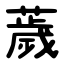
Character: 薉